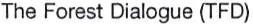
The Forest Dialogue (TFD)